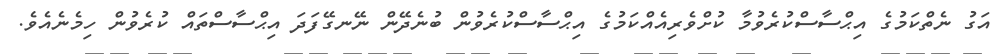
އަގު ނެތްކަމުގެ އިޙްސާސްކުރެވުމާ ކުށްވެރިއެއްކަމުގެ އިޙްސާސްކުރެވުން ބުނެދޭން ނޭނގޭފަދަ އިޙްސާސްތައް ކުރެވުން ހިމެނެއެވެ.